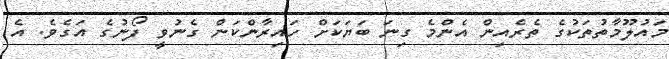
މައުލޫމާތުތަކުގެ ތެރެއިން އެންމެ ގިނަ ބަޔަކަށް ހައިރާންކަން ގެނުވީ ފޯނުގެ އަގެވެ. އެ